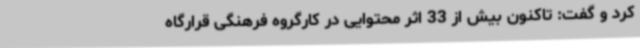
کرد و گفت: تاکنون بیش از 33 اثر محتوایی در کارگروه فرهنگی قرارگاه